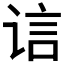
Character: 𲂍